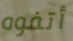
أتفوه